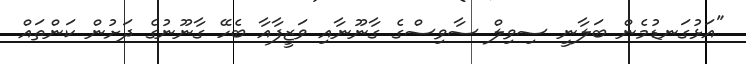
"އަޅުގަނޑުމެން ބަލާނީ ސިވިލް ސާވިސްގެ ގާނޫނާއި ވަޒީފާއާ ބެހޭ ގާނޫނުގެ ދަށުން ކަންތައް